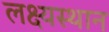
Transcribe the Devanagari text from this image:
लक्ष्यस्थान